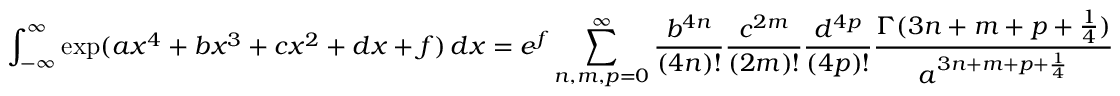
\int _ { - \infty } ^ { \infty } \exp ( { a x ^ { 4 } + b x ^ { 3 } + c x ^ { 2 } + d x + f } ) \, d x = e ^ { f } \sum _ { n , m , p = 0 } ^ { \infty } { \frac { b ^ { 4 n } } { ( 4 n ) ! } } { \frac { c ^ { 2 m } } { ( 2 m ) ! } } { \frac { d ^ { 4 p } } { ( 4 p ) ! } } { \frac { \Gamma ( 3 n + m + p + { \frac { 1 } { 4 } } ) } { a ^ { 3 n + m + p + { \frac { 1 } { 4 } } } } }